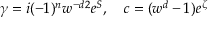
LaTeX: \gamma = i ( - 1 ) ^ { { n } } w ^ { - { { d } \o 2 } } e ^ { S } , \quad c = ( w ^ { d } - 1 ) e ^ { \zeta }